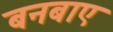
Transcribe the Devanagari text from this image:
बनबाए